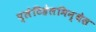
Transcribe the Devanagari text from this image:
प्लेटिहेलमिन्थेस